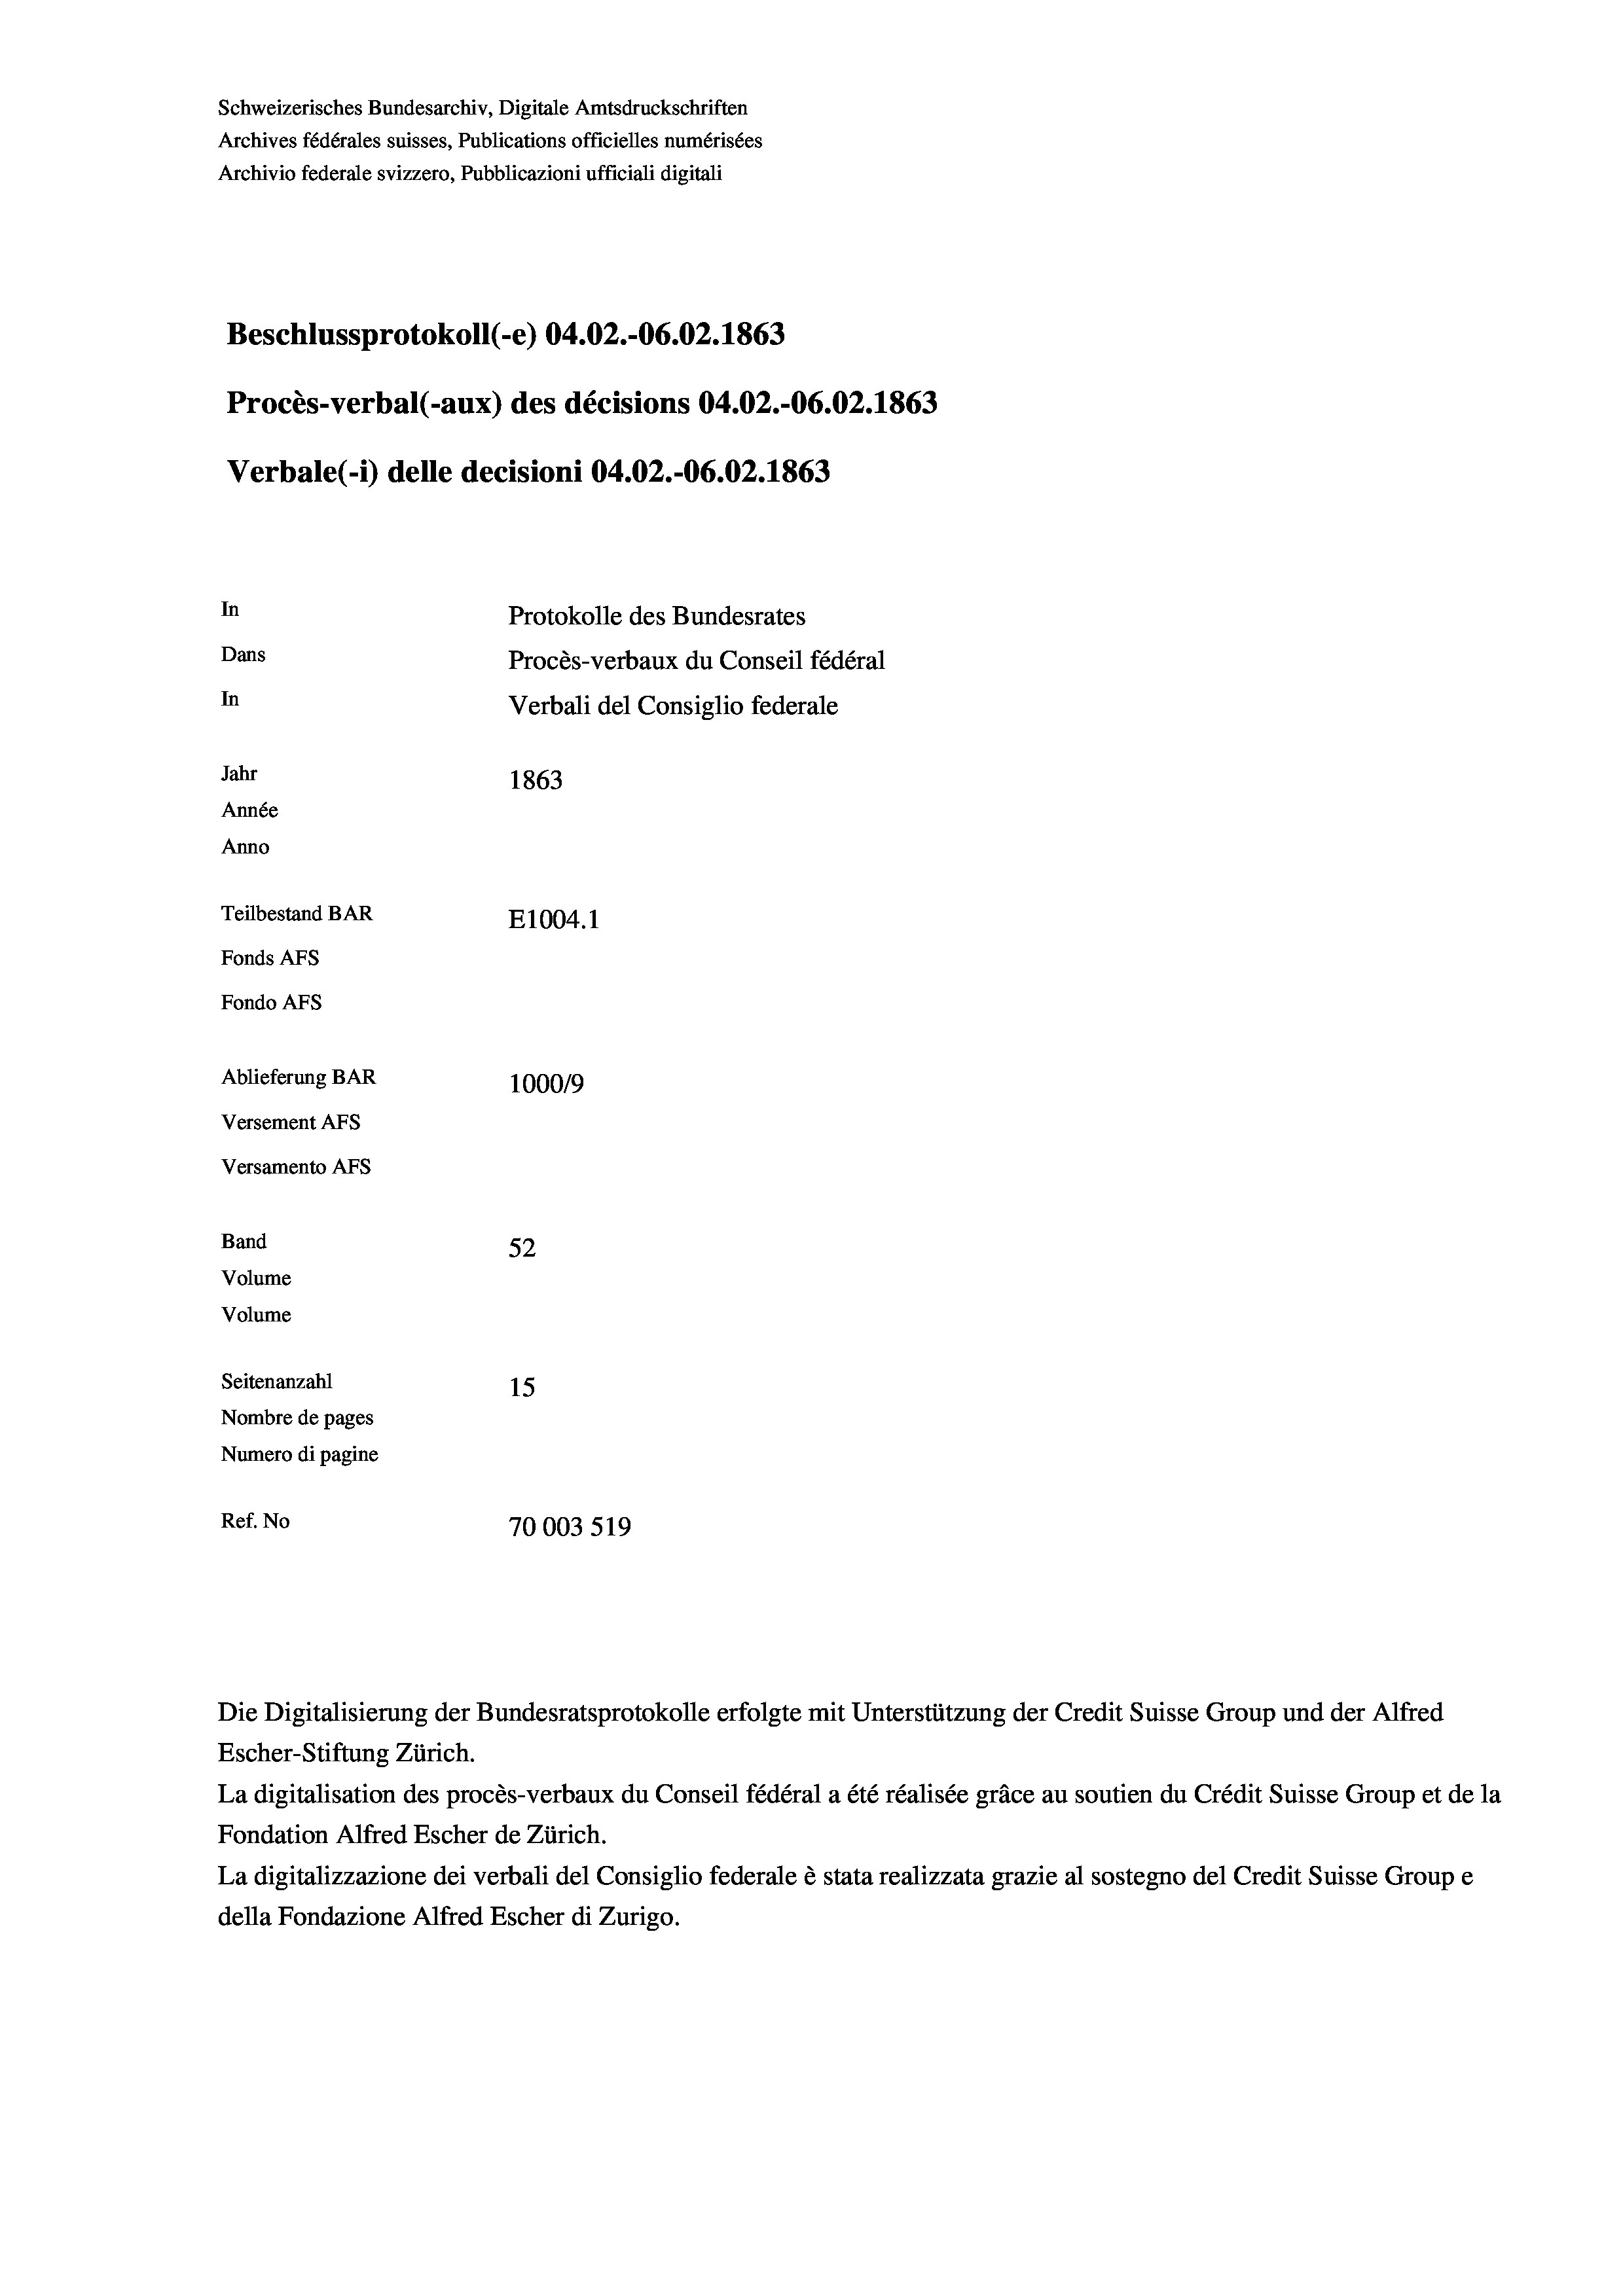
Schweizerisches Bundesarchiv, Digitale Amtsdruckschriften
Archives fédérales suisses, Publications officielles numérisées
Archivio federale svizzero, Pubblicazioni ufficiali digitali
Beschlussprotokoll (-e) 04.02.-06.02. 1863
Procès-verbal (-aux) des décisions 04.02.-06.02. 1863
Verbale (1) delle decisioni 04.02.-06.02. 1863
In
Protokolle des Bundesrates
Dans
Procès-verbaux du Conseil fédéral
In
Verbali del Consiglio federale
Jahr
1863
Année
Anno
Teilbestand BAR
E1004.1
Fonds AFs
Fondo AFS
Ablieferung BAR
1000/9
Versement AFs
Versamento AFs
Band
52
Volume
Volume
Seitenanzahl
15

Nombre de pages
Numero di pagine
Ref. No
70003519

Escher-Stiftung Zürich.
La digitalisation des procès-verbaux du Conseil fédéral a été réalisée gräce au soutien du Crédit Suisse Group et de la
Fondation Alfred Escher de Zürich.
La digitalizzazione dei verbali del Consiglio federale è stata realizzata grazie al sostegno del Credit Suisse Groupe
della Fondazione Alfred Escher di Zurigo.

Die Digitalisierung der Bundesratsprotokolle erfolgte mit Unterstützung der Credit Suisse Group und der Alfred